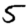
Digit: 5